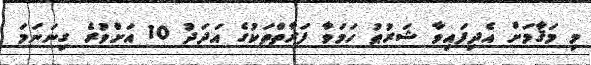
މި މަޤާމަށް އެދިފައިވާ ޝަރުޠު ހަމަވާ ފަރާތްތަކުގެ އަދަދު 10 އަށްވުރެ ގިނަނަމަ